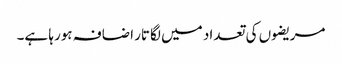
مریضوں کی تعداد میں لگاتار اضافہ ہورہا ہے۔